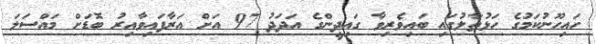
ހައިހޫނުކަމުގެ ހަޅުތާލުގައި ބައިވެރިވާ ގައިދީންގެ އަދަދު 97 އަށް އަރާފައިވާއިރު ބޮޑަށް މައްސަލަ